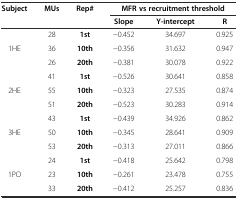
<table><thead><tr><td><b>Subject</b></td><td><b>MUs</b></td><td><b>Rep#</b></td><td colspan="3"><b>MFR vs recruitment threshold</b></td></tr><tr><td></td><td></td><td></td><td><b>Slope</b></td><td><b>Y-intercept</b></td><td><b>R</b></td></tr></thead><tbody><tr><td rowspan="3">1HE</td><td>28</td><td><b>1st</b></td><td>-0.452</td><td>34.697</td><td>0.925</td></tr><tr><td>36</td><td><b>10th</b></td><td>-0.356</td><td>31.632</td><td>0.947</td></tr><tr><td>26</td><td><b>20th</b></td><td>-0.381</td><td>30.078</td><td>0.922</td></tr><tr><td rowspan="3">2HE</td><td>41</td><td><b>1st</b></td><td>-0.526</td><td>30.641</td><td>0.858</td></tr><tr><td>55</td><td><b>10th</b></td><td>-0.323</td><td>27.535</td><td>0.874</td></tr><tr><td>51</td><td><b>20th</b></td><td>-0.523</td><td>30.283</td><td>0.914</td></tr><tr><td rowspan="3">3HE</td><td>43</td><td><b>1st</b></td><td>-0.439</td><td>34.926</td><td>0.862</td></tr><tr><td>50</td><td><b>10th</b></td><td>-0.345</td><td>28.641</td><td>0.909</td></tr><tr><td>53</td><td><b>20th</b></td><td>-0.313</td><td>27.011</td><td>0.866</td></tr><tr><td rowspan="2">1PO</td><td>24</td><td><b>1st</b></td><td>-0.418</td><td>25.642</td><td>0.798</td></tr><tr><td>23</td><td><b>10th</b></td><td>-0.261</td><td>23.478</td><td>0.755</td></tr><tr><td></td><td>33</td><td><b>20th</b></td><td>-0.412</td><td>25.257</td><td>0.836</td></tr></tbody></table>